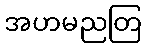
အဟမညတြ